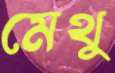
মেথু